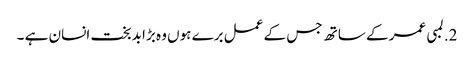
2. لمبی عمر کے ساتھ جس کے عمل برے ہوں وہ بڑا بدبخت انسان ہے ۔